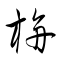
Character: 栴